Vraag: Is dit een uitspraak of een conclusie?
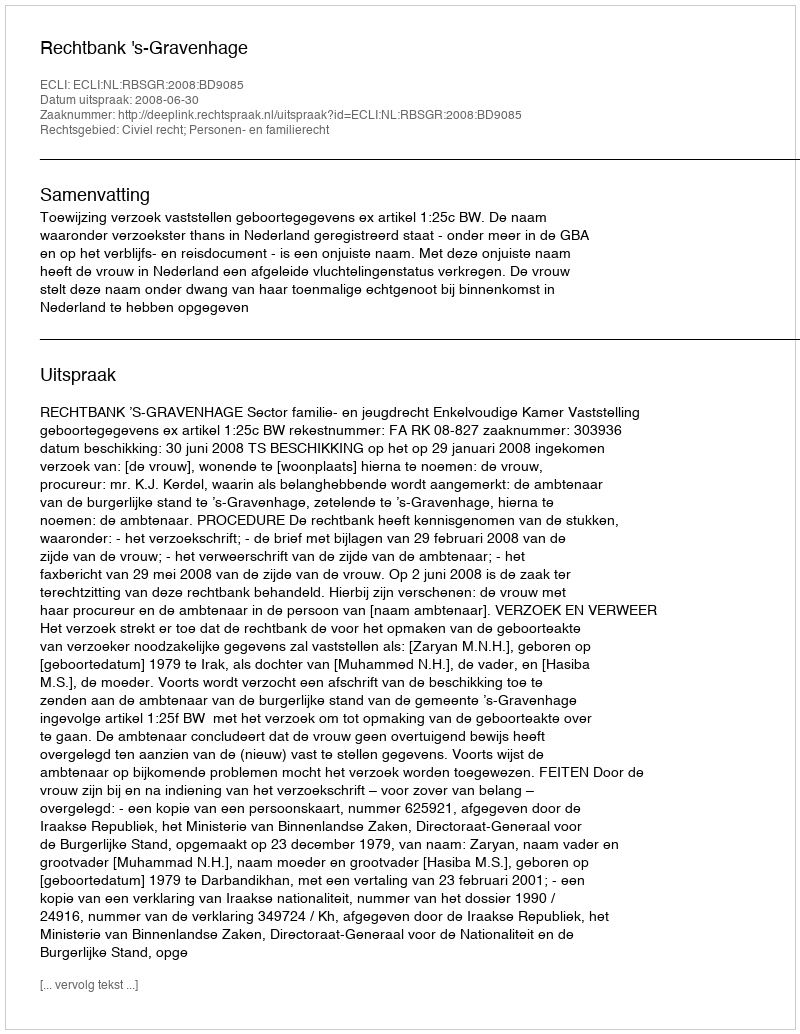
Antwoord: Uitspraak